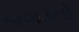
બગડતો